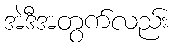
အဲဒီအတွက်လည်း